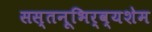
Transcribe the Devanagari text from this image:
सस्तनूभिर्व्यशेम